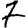
Digit: 7